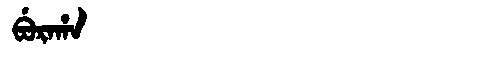
Manchu: ᠪᡠᡵᠠᡥᠠ
Romanization: BURAHA